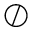
\oslash